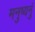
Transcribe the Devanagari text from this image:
मनुष्यनुं